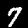
Label: 7